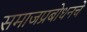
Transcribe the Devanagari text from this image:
समाजप्रबोधनचे